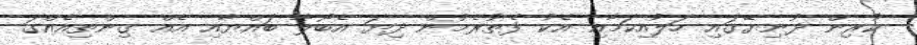
ކުރިން ދުނިޔޭގައި ހަލުއިކަމާއި އެކު ފެތުރެމުން ދިޔަ އެބޯލާ ބައްޔާއި އެއް ގިންތިއެއްގަ